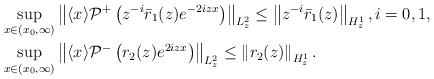
\begin{align*}&\sup _{x \in\left(x_{0}, \infty\right)}\left\| \langle x\rangle \mathcal{P}^{+}\left(z^{-i}\bar{r}_1(z) e^{-2i z x}\right)\right\|_{L_z^2}\leq\left\|z^{-i}\bar r_1(z)\right\|_{H^1_z},i=0,1,\\&\sup _{x \in\left(x_0, \infty\right)}\left\|\langle x\rangle \mathcal{P}^-\left(r_2(z) e^{2iz x}\right)\right\|_{L_{z}^2}\leq\left\|r_2(z)\right\|_{H^1_z}.\end{align*}